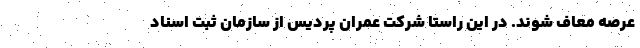
عرصه معاف شوند. در این راستا شرکت عمران پردیس از سازمان ثبت اسناد